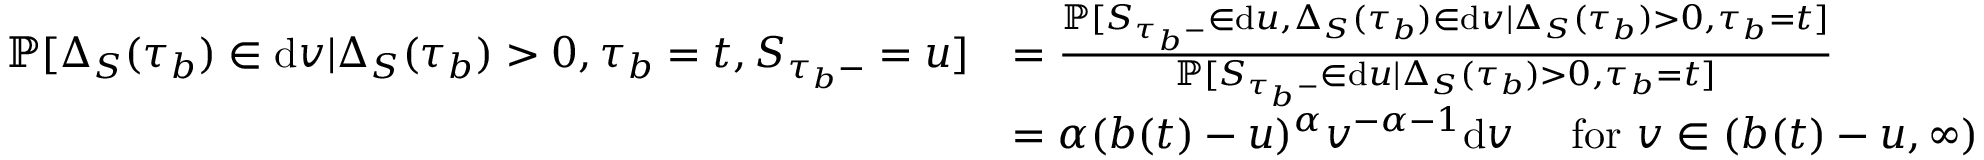
\begin{array} { r l } { \mathbb { P } [ \Delta _ { S } ( \tau _ { b } ) \in \mathrm { d } v | \Delta _ { S } ( \tau _ { b } ) > 0 , \tau _ { b } = t , S _ { \tau _ { b } - } = u ] } & { = \frac { \mathbb { P } [ S _ { \tau _ { b } - } \in \mathrm { d } u , \Delta _ { S } ( \tau _ { b } ) \in \mathrm { d } v | \Delta _ { S } ( \tau _ { b } ) > 0 , \tau _ { b } = t ] } { \mathbb { P } [ S _ { \tau _ { b } - } \in \mathrm { d } u | \Delta _ { S } ( \tau _ { b } ) > 0 , \tau _ { b } = t ] } } \\ & { = \alpha ( b ( t ) - u ) ^ { \alpha } v ^ { - \alpha - 1 } \mathrm { d } v \quad \mathrm { ~ f o r ~ } v \in ( b ( t ) - u , \infty ) } \end{array}